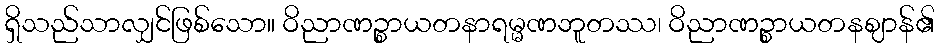
ရှိသည်သာလျှင်ဖြစ်သော။ ဝိညာဏဉ္စာယတနာရမ္မဏဘူတဿ၊ ဝိညာဏဉ္စာယတနဈာန်၏